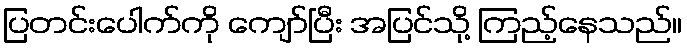
ပြတင်းပေါက်ကို ကျော်ပြီး အပြင်သို့ ကြည့်နေသည်။